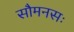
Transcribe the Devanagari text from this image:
सौमनसः